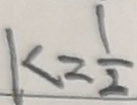
k = \frac { 1 } { 2 }